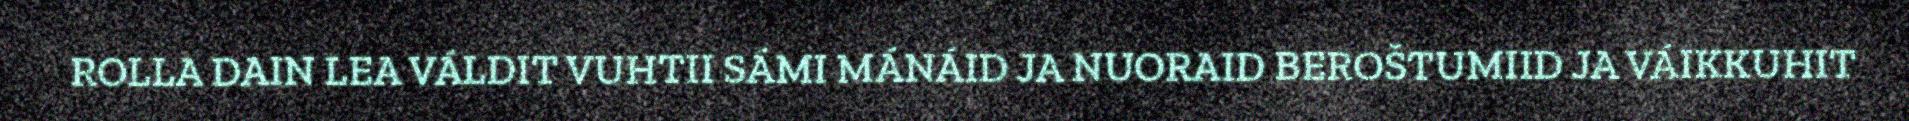
ROLLA DAIN LEA VÁLDIT VUHTII SÁMI MÁNÁID JA NUORAID BEROŠTUMIID JA VÁIKKUHIT